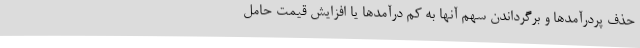
حذف پردرآمدها و برگرداندن سهم آنها به کم درآمدها یا افزایش قیمت حامل